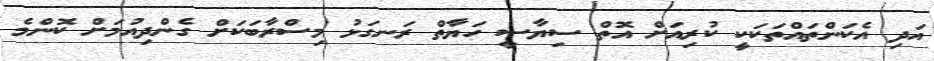
އަދި އެކަންތައްތަކަކީ ކުރިއަށް އޮތް ސިޔާސީ ހަޔާތް ރަނގަޅު މިސްރާބަކަށް ގެންދިއުމަށް ކޮންމެ